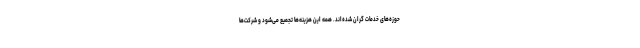
حوزه‌های خدمات گران شده‌‌اند. همه این هزینه‌ها تجمیع می‌شود و شرکت‌ها